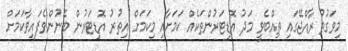
މިވަގުތު ރާއްޖޭގައި ތިއްބެވީ މަދު އޮޑިޓަރުންތަކެއް ކަމަށާއި މިކަމަށް އިތުރު އޮޑިޓަރުން ބޭނުންވެފައިވާކަމަށް